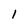
Character: 1